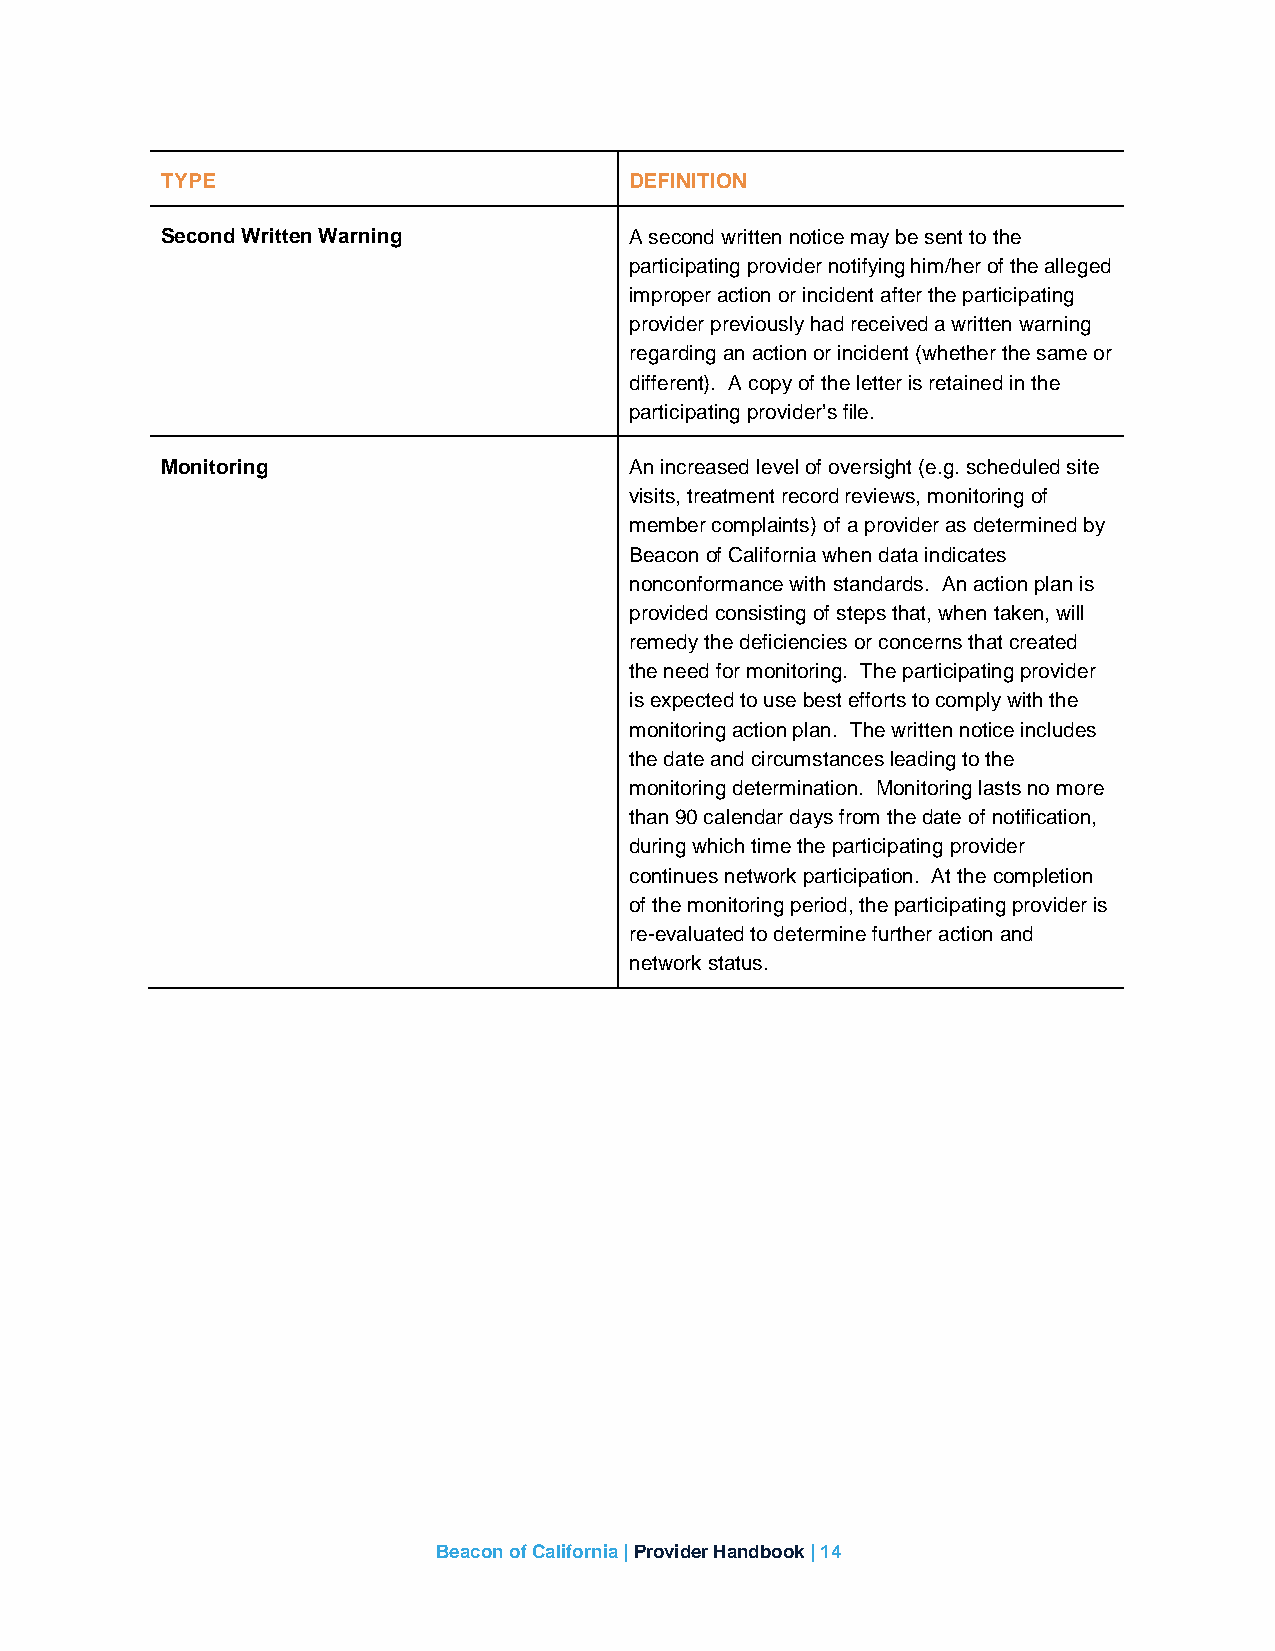
TYPE                           DEFINITION
 Second Written Warning         A second written notice may be sent to the
 participating provider notifying him/her of the alleged
 improper action or incident after the participating
 provider previously had received a written warning
 regarding an action or incident (whether the same or
 different). A copy of the letter is retained in the
 participating provider’s file.
 Monitoring                     An increased level of oversight (e.g. scheduled site
 visits, treatment record reviews, monitoring of
 member complaints) of a provider as determined by
 Beacon of California when data indicates
 nonconformance with standards. An action plan is
 provided consisting of steps that, when taken, will
 remedy the deficiencies or concerns that created
 the need for monitoring. The participating provider
 is expected to use best efforts to comply with the
 monitoring action plan. The written notice includes
 the date and circumstances leading to the
 monitoring determination. Monitoring lasts no more
 than 90 calendar days from the date of notification,
 during which time the participating provider
 continues network participation. At the completion
 of the monitoring period, the participating provider is
 re-evaluated to determine further action and
 network status.
 Beacon of California | Provider Handbook | 14